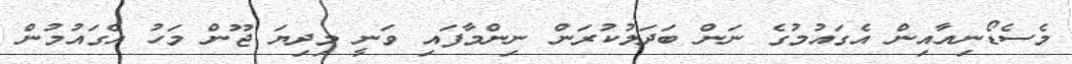
މެސެޑޯނިއާއިން އެގައުމުގެ ނަން ބަދަލުކުރަން ނިންމާފައި ވަނީ މިދިޔަ ޖޫން މަހު އެގައުމުން